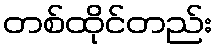
တစ်ထိုင်တည်း